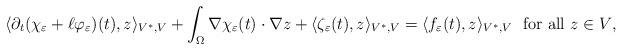
LaTeX: \begin{align*}\langle \partial_t(\chi_{\varepsilon} + \ell \varphi_{\varepsilon}) (t), z \rangle_{V^*,V}+ \int_{\Omega} \nabla \chi_{\varepsilon}(t) \cdot \nabla z+ \langle \zeta_{\varepsilon}(t), z \rangle_{V^*,V} = \langle f_{\varepsilon}(t), z \rangle_{V^*,V} \ \ \textrm{for all $z \in V$,} \end{align*}